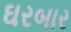
ઘરબાર